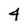
Character: 4